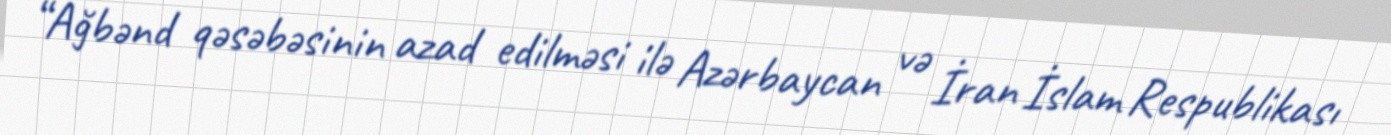
“Ağbənd qəsəbəsinin azad edilməsi ilə Azərbaycan və İran İslam Respublikası